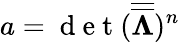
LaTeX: a=\mathrm{~d~e~t~}(\overline{{\overline{{\mathbf{\Lambda}}}}})^{n}